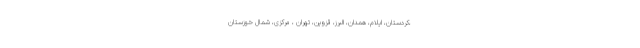
،کردستان، ایلام، همدان، البرز، قزوین، تهران ، مرکزی، شمال خوزستان